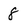
Character: 8